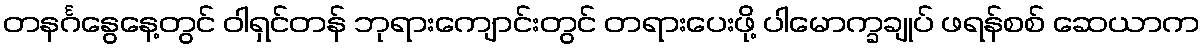
တနင်္ဂနွေနေ့တွင် ဝါရှင်တန် ဘုရားကျောင်းတွင် တရားပေးဖို့ ပါမောက္ခချုပ် ဖရန်စစ် ဆေယာက